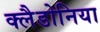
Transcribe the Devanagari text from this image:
क्लैडोनिया